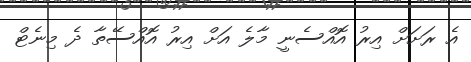
އެ ރަށަށް އިރު އޮއްސެނީ މާލެ އަށް އިރު އޮއްސޭތާ ދެ މިނެޓް